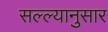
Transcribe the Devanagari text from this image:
सल्ल्‍यानुसार